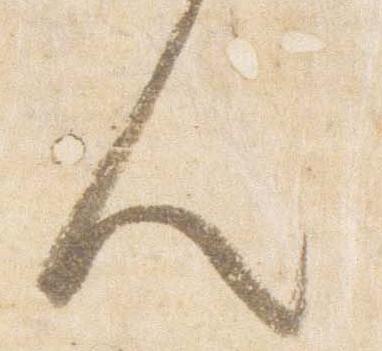
人